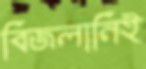
বিজলানিই